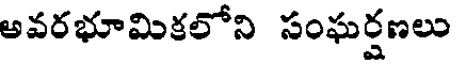
అవరభూమికలోని సంఘర్షణలు